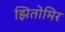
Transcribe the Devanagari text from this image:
झितोमिर